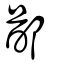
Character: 啚